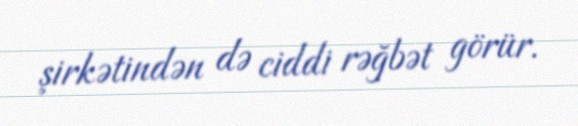
şirkətindən də ciddi rəğbət görür.